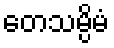
တေသမ္ပိမံ